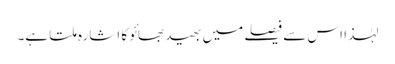
لہٰذا اس سے فیصلے میں بھید بھائو کا اشارہ ملتا ہے۔